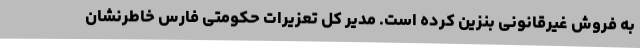
به فروش غیرقانونی بنزین کرده است. مدیر کل تعزیرات حکومتی فارس خاطرنشان